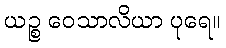
ယဉ္စ ဝေသာလိယာ ပုရေ။